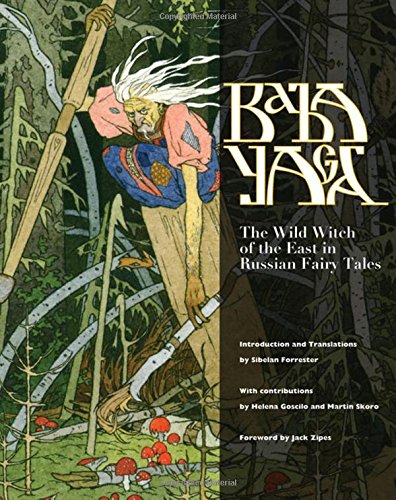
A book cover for Baba Yaga: The Wild Witch of the East in Russian Fairy Tales; Literature & Fiction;